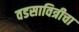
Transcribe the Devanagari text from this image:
वडसावित्रीचा